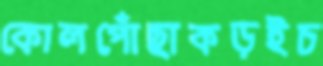
কোলপোঁছাকড়ইচ